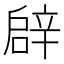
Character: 𨐙